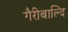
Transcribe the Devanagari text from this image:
गैरीबाल्दि